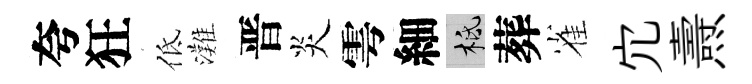
夸狂低灘晋炎雩細柢葬雀宂燾